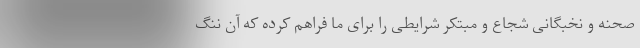
صحنه و نخبگانی شجاع و مبتکر شرایطی را برای ما فراهم کرده که آن ننگ